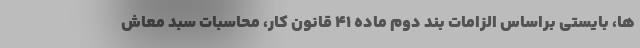
ها، بایستی براساس الزامات بند دوم ماده ۴۱ قانون کار، محاسبات سبد معاش